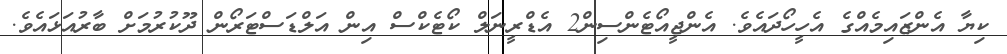
ކިޔާ އެންޒައިމެއްގެ އެހީހޯދައެވެ. އެންޖީއޯޓެންސިން2 އެޑްރީނަލް ކޯޓެކްސް އިން އަލްޑަސްޓަރޯން ދޫކުރުމަށް ބާރުއަޅައެވެ.